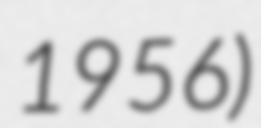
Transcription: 1956)